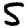
Digit: 5